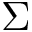
\boldsymbol { \Sigma }